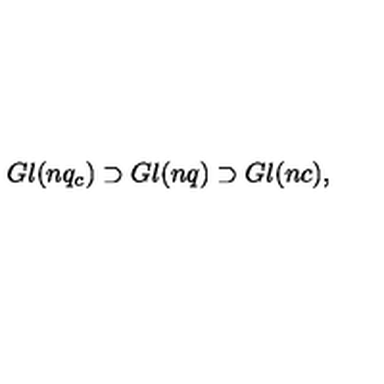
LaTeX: G l ( n q _ { c } ) \supset G l ( n q ) \supset G l ( n c ) ,